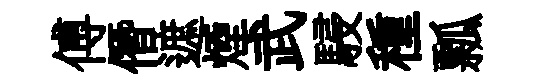
傅僭遮煙武駸種瓢